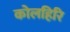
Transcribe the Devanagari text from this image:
कोलहिरि